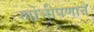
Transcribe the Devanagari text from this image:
लोभीपणाने